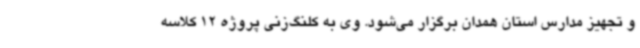
و تجهیز مدارس استان همدان برگزار می‌شود. وی به کلنگ‌زنی پروژه 12 کلاسه